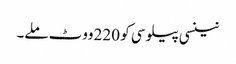
نینسی پیلوسی کو 220 ووٹ ملے۔